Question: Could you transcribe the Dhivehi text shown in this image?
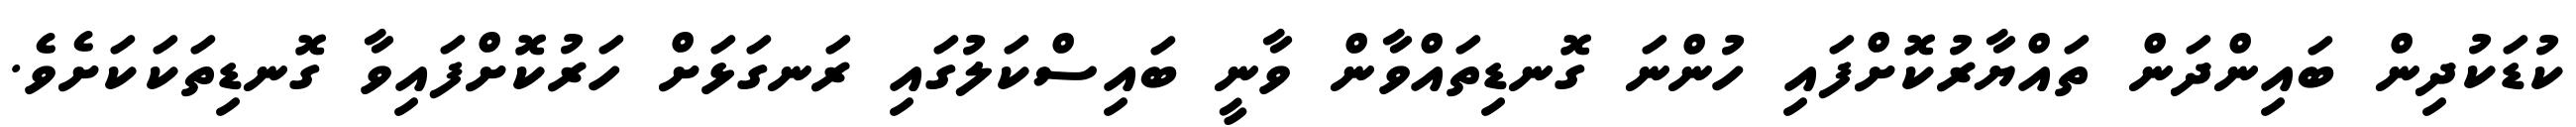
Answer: ކުޑަކުދިން ބައިންދަން ތައްޔާރުކޮށްފައި ހުންނަ ގޮނޑިތައްވާން ވާނީ ބައިސްކަލުގައި ރަނގަޅަށް ހަރުކޮށްފައިވާ ގޮނޑިތަކަކަށެވެ.